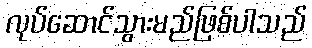
လုပ်ဆောင်သွားမည်ဖြစ်ပါသည်